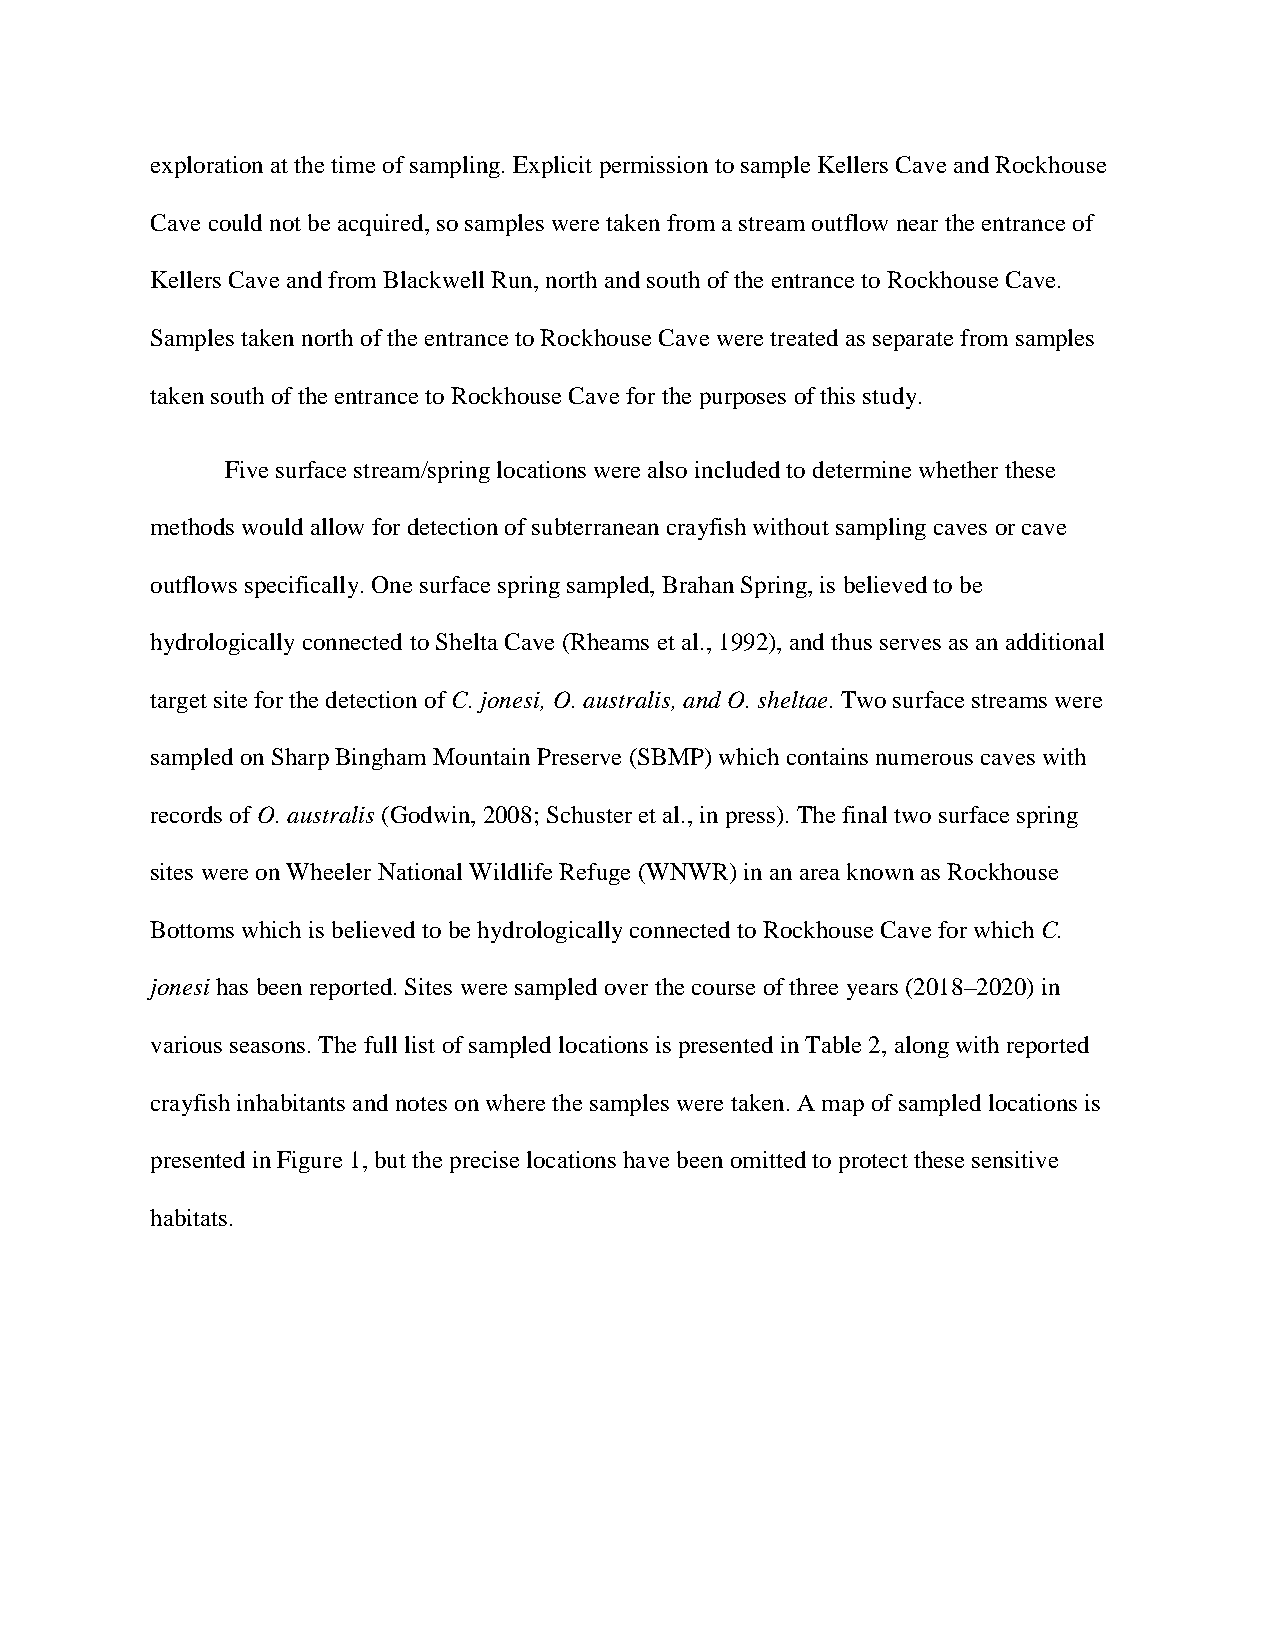
exploration at the time of sampling. Explicit permission to sample Kellers Cave and Rockhouse
 Cave could not be acquired, so samples were taken from a stream outflow near the entrance of
 Kellers Cave and from Blackwell Run, north and south of the entrance to Rockhouse Cave.
 Samples taken north of the entrance to Rockhouse Cave were treated as separate from samples
 taken south of the entrance to Rockhouse Cave for the purposes of this study.
 Five surface stream/spring locations were also included to determine whether these
 methods would allow for detection of subterranean crayfish without sampling caves or cave
 outflows specifically. One surface spring sampled, Brahan Spring, is believed to be
 hydrologically connected to Shelta Cave (Rheams et al., 1992), and thus serves as an additional
 target site for the detection of C. jonesi, O. australis, and O. sheltae. Two surface streams were
 sampled on Sharp Bingham Mountain Preserve (SBMP) which contains numerous caves with
 records of O. australis (Godwin, 2008; Schuster et al., in press). The final two surface spring
 sites were on Wheeler National Wildlife Refuge (WNWR) in an area known as Rockhouse
 Bottoms which is believed to be hydrologically connected to Rockhouse Cave for which C.
 jonesi has been reported. Sites were sampled over the course of three years (2018–2020) in
 various seasons. The full list of sampled locations is presented in Table 2, along with reported
 crayfish inhabitants and notes on where the samples were taken. A map of sampled locations is
 presented in Figure 1, but the precise locations have been omitted to protect these sensitive
 habitats.